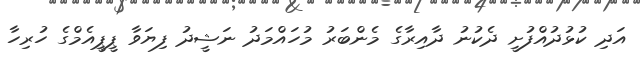
އަދި ކުޅުދުއްފުށީ ދެކުނު ދާއިރާގެ މެންބަރު މުހައްމަދު ނަޝީދު ފިޔަވާ ޕީޕީއެމްގެ ހުރިހާ